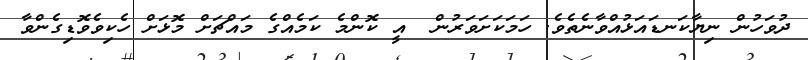
ދުވަހުން ނިޔާކަނޑައަޅުއްވާނެތެވެ. ހަމަކަށަވަރުން  އީ ކޮންމެ ކަމެއްގެ މައްޗަށް މޮޅަށް ހެކިވެވޮޑިގެންވާ